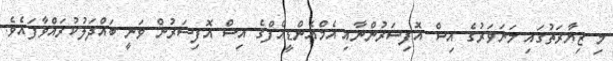
މިި ޒިޔާރަތުގައި މަނަވަރުގެ އިސް އޮފިސަރުންނާއި އެމްއެންޑީއެފްގެ އިސް އޮފިސަރުން ވަނީ ބައްދަލުކުރައްވާފައެވެ.